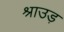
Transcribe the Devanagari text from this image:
श्राउड़